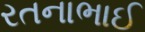
રતનાભાઈ